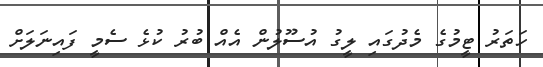
ހަތަރު ޓީމުގެ މެދުގައި ލީގު އުސޫލުން އެއް ބުރު ކުޅެ ސެމީ ފައިނަލަށް